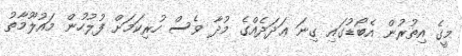
މީގެ އިތުރުން އެބޯޑުގައި ގިނަ ޢަދަދެއްގެ މުދާ ވެސް ހުރިކަމަށް ފުލުހުން މައުލޫމާތު